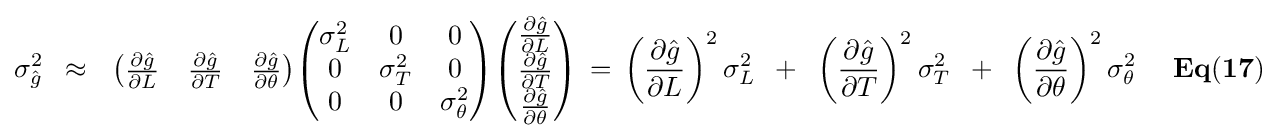
\sigma _{\hat {g}}^{2}\,\,\,\approx \,\,\,\,{\begin{pmatrix}{{\partial {\hat {g}}} \over {\partial L}}&{{\partial {\hat {g}}} \over {\partial T}}&{{\partial {\hat {g}}} \over {\partial \theta }}\end{pmatrix}}{\begin{pmatrix}{\sigma _{L}^{2}}&0&0\\0&{\sigma _{T}^{2}}&0\\0&0&{\sigma _{\theta }^{2}}\end{pmatrix}}{\begin{pmatrix}{{\partial {\hat {g}}} \over {\partial L}}\\{{\partial {\hat {g}}} \over {\partial T}}\\{{\partial {\hat {g}}} \over {\partial \theta }}\end{pmatrix}}\,=\,\left({{\partial {\hat {g}}} \over {\partial L}}\right)^{2}\sigma _{L}^{2}\,\,\,+\,\,\,\left({{\partial {\hat {g}}} \over {\partial T}}\right)^{2}\sigma _{T}^{2}\,\,\,+\,\,\,\left({{\partial {\hat {g}}} \over {\partial \theta }}\right)^{2}\sigma _{\theta }^{2}{\mathbf {\,\,\,\,\,\,\,\,Eq(17)} }